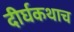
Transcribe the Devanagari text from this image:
दीर्घकथाच